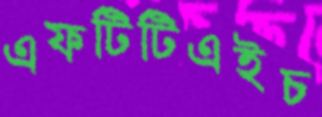
এফটিটিএইচ